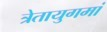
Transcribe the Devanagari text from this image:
त्रेतायुगमां